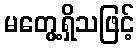
မတွေ့ရှိသဖြင့်